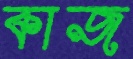
কাজ